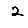
Digit: 2